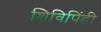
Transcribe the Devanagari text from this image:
शिविपिंडी